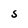
Character: S